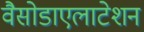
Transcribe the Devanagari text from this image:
वैसोडाएलाटेशन